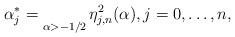
LaTeX: \begin{align*}{}\alpha _j^* = \mathop {{}}\limits_{\alpha > - 1/2} \eta _{j,n}^2(\alpha ),j = 0, \ldots, n,\end{align*}